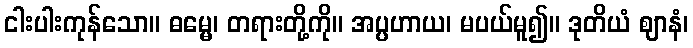
ငါးပါးကုန်သော။ ဓမ္မေ၊ တရားတို့ကို။ အပ္ပဟာယ၊ မပယ်မူ၍။ ဒုတိယံ ဈာနံ၊